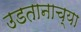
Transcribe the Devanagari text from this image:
उडतानाच्या